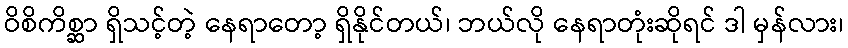
ဝိစိကိစ္ဆာ ရှိသင့်တဲ့ နေရာတော့ ရှိနိုင်တယ်၊ ဘယ်လို နေရာတုံးဆိုရင် ဒါ မှန်လား၊